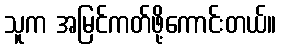
သူက အမြင်ကတ်ဖို့ကောင်းတယ်။